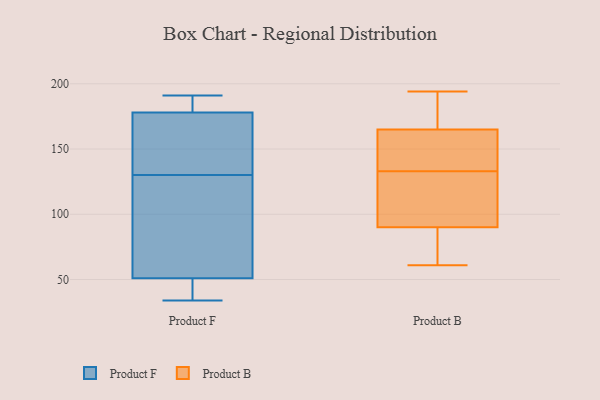
{"axis": {"x": "Gross Profit (USD K)", "y": "Value"}, "legend": ["Product B", "Product F"], "data": [{"x": "", "y": 179, "type": "Product F"}, {"x": "", "y": 183, "type": "Product F"}, {"x": "", "y": 41, "type": "Product F"}, {"x": "", "y": 34, "type": "Product F"}, {"x": "", "y": 166, "type": "Product F"}, {"x": "", "y": 44, "type": "Product F"}, {"x": "", "y": 191, "type": "Product F"}, {"x": "", "y": 99, "type": "Product F"}, {"x": "", "y": 177, "type": "Product F"}, {"x": "", "y": 187, "type": "Product F"}, {"x": "", "y": 139, "type": "Product F"}, {"x": "", "y": 121, "type": "Product F"}, {"x": "", "y": 47, "type": "Product F"}, {"x": "", "y": 120, "type": "Product F"}, {"x": "", "y": 55, "type": "Product F"}, {"x": "", "y": 150, "type": "Product F"}, {"x": "", "y": 61, "type": "Product B"}, {"x": "", "y": 194, "type": "Product B"}, {"x": "", "y": 165, "type": "Product B"}, {"x": "", "y": 101, "type": "Product B"}, {"x": "", "y": 147, "type": "Product B"}, {"x": "", "y": 119, "type": "Product B"}, {"x": "", "y": 160, "type": "Product B"}, {"x": "", "y": 90, "type": "Product B"}, {"x": "", "y": 178, "type": "Product B"}, {"x": "", "y": 76, "type": "Product B"}]}